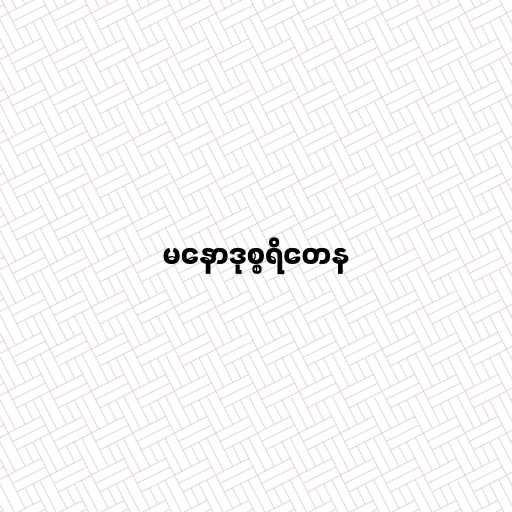
မနောဒုစ္စရိတေန